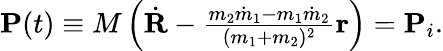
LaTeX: \begin{array}{r}{{\mathbf P}(t)\equiv M\left(\dot{\mathbf R}-\frac{m_{2}\dot{m}_{1}-m_{1}\dot{m}_{2}}{(m_{1}+m_{2})^{2}}{\mathbf r}\right)={\mathbf P}_{i}.}\end{array}